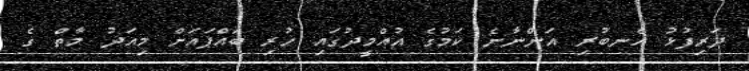
ދަރިފުޅު އެނބުރި އަންނާނެ ކަމުގެ އުއްމީދުގައި ހުރި ބައްޕައަށް މިއަދު މާތް ގެ